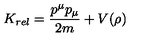
K _ { r e l } = { \frac { p ^ { \mu } p _ { \mu } } { 2 m } } + V ( \rho )